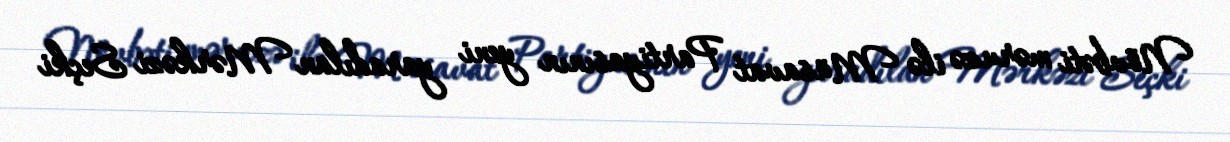
Növbəti məruzə ilə Müsavat Partiyasının yeni yaradılan Mərkəzi Seçki